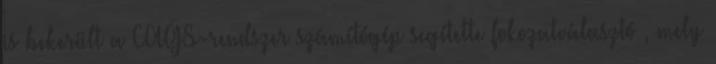
is bekerült a CAGS-rendszer számítógép segítette fokozatválasztó , mely